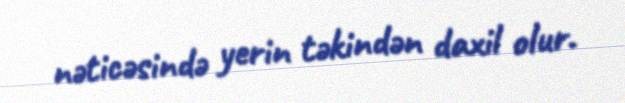
nəticəsində yerin təkindən daxil olur.